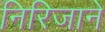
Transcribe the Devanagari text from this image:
निरिजाने